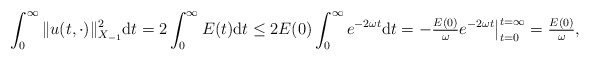
\begin{align*} \int_{0}^{\infty} \|u(t, \cdot)\|_{X_{-1}}^{2} \mathrm{d}t = 2 \int_{0}^{\infty} E(t) \mathrm{d}t \leq 2 E(0) \int_{0}^{\infty} e^{-2 \omega t} \mathrm{d}t = -\tfrac{E(0)}{\omega} e^{-2 \omega t}\big|_{t = 0}^{t = \infty} = \tfrac{E(0)}{\omega}, \end{align*}